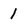
Character: 1